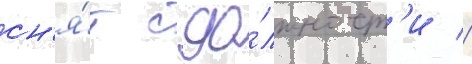
сн'я́т с до́лжност'и //